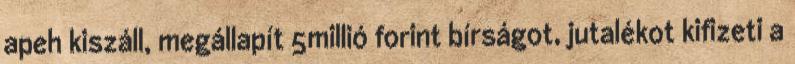
apeh kiszáll, megállapít 5millió forint bírságot, jutalékot kifizeti a